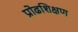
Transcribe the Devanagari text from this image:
प्रोढशिक्षण